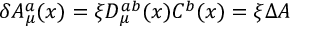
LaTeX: \delta { \cal A } _ { \mu } ^ { a } ( x ) = \xi { \cal D } _ { \mu } ^ { a b } ( x ) C ^ { b } ( x ) = \xi \Delta { \cal A }